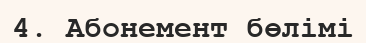
4. Абонемент бөлімі